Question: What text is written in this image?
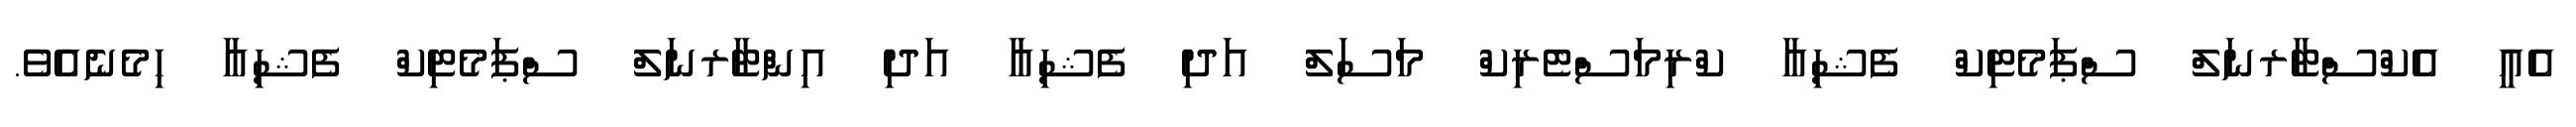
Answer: އެއީ އެކްސްޓާރނަލް ސްޕަމެޓިކް ފެޝިއާ ކްރިމަސްޓެރިކް މަސަލް އަދި ފެޝިއާ އަދި އިންޓާރނަލް ސްޕަމެޓިކް ފެޝިއާ ހިމެނެއެވެ.